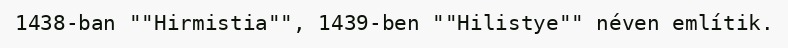
1438-ban ""Hirmistia"", 1439-ben ""Hilistye"" néven említik.